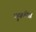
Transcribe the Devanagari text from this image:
मुक्तीस